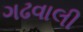
ગઢવાલી